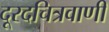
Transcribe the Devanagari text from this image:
दूरदचित्रवाणी